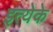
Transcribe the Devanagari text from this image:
इत्येके